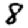
Digit: 8